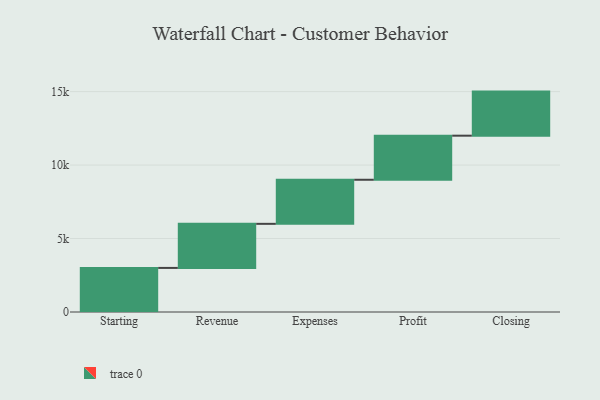
{"axis": {"x": "Step", "y": "Value"}, "legend": [""], "data": [{"x": "Starting", "y": 3000, "type": ""}, {"x": "Revenue", "y": 3000, "type": ""}, {"x": "Expenses", "y": 3000, "type": ""}, {"x": "Profit", "y": 3000, "type": ""}, {"x": "Closing", "y": 3000, "type": ""}]}